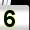
Digit: 5